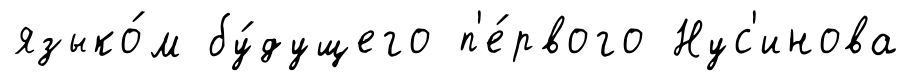
языко́м бу́дущего п'е́рвого Нус'инова